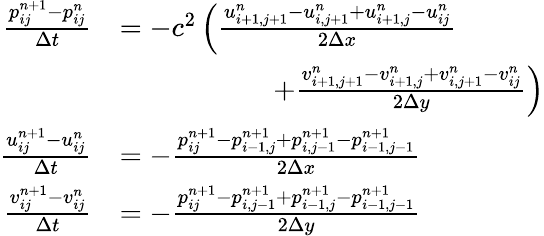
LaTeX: \begin{array}{rl}{\frac{p_{ij}^{n+1}-p_{ij}^{n}}{\Delta t}}&{=-c^{2}\left(\frac{u_{i+1,j+1}^{n}-u_{i,j+1}^{n}+u_{i+1,j}^{n}-u_{ij}^{n}}{2\Delta x}\right.}\\ &{\phantom{mmmmmm}\left.+\frac{v_{i+1,j+1}^{n}-v_{i+1,j}^{n}+v_{i,j+1}^{n}-v_{ij}^{n}}{2\Delta y}\right)}\\ {\frac{u_{ij}^{n+1}-u_{ij}^{n}}{\Delta t}}&{=-\frac{p_{ij}^{n+1}-p_{i-1,j}^{n+1}+p_{i,j-1}^{n+1}-p_{i-1,j-1}^{n+1}}{2\Delta x}}\\ {\frac{v_{ij}^{n+1}-v_{ij}^{n}}{\Delta t}}&{=-\frac{p_{ij}^{n+1}-p_{i,j-1}^{n+1}+p_{i-1,j}^{n+1}-p_{i-1,j-1}^{n+1}}{2\Delta y}}\end{array}